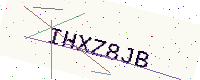
Text: IHXZ8JB